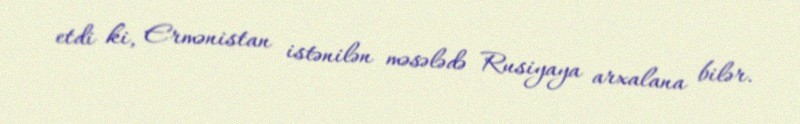
etdi ki, Ermənistan istənilən məsələdə Rusiyaya arxalana bilər.